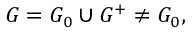
G = G _ { 0 } \cup G ^ { + } \ne G _ { 0 } ,